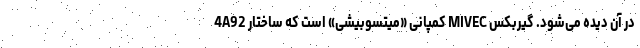
4A92 کمپانی «میتسوبیشی» است که ساختار MIVEC در آن دیده می‌شود. گیربکس